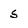
Character: s